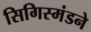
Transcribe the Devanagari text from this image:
सिगिस्मंडने